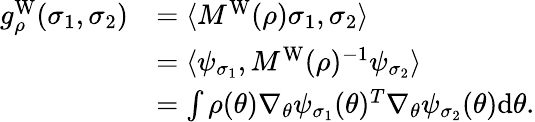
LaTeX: \begin{array}{rl}{g_{\rho}^{\mathrm{W}}(\sigma_{1},\sigma_{2})}&{=\langle M^{\mathrm{W}}(\rho)\sigma_{1},\sigma_{2}\rangle}\\ &{=\langle\psi_{\sigma_{1}},M^{\mathrm{W}}(\rho)^{-1}\psi_{\sigma_{2}}\rangle}\\ &{=\int\rho(\theta)\nabla_{\theta}\psi_{\sigma_{1}}(\theta)^{T}\nabla_{\theta}\psi_{\sigma_{2}}(\theta)\mathrm{d}\theta.}\end{array}